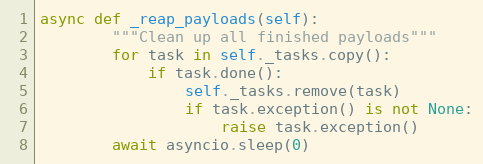
Language: Python
async def _reap_payloads(self):
        """Clean up all finished payloads"""
        for task in self._tasks.copy():
            if task.done():
                self._tasks.remove(task)
                if task.exception() is not None:
                    raise task.exception()
        await asyncio.sleep(0)